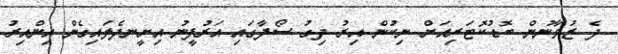
ދެ ޒުވާނުން ބޮޑުކޮޓަރިއަށް ނިކުން އިރު ދިގު ސޯފާގައި އަރުފީނު އިށީނދެލައިގެން އިންއިރު